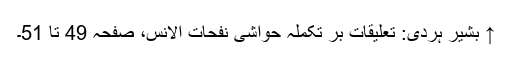
↑ بشیر ہردی: تعلیقات بر تکملہ حواشی نفحات الانس، صفحہ 49 تا 51۔